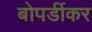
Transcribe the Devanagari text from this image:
बोपर्डीकर